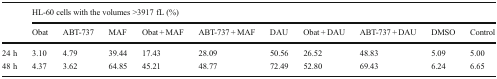
<table><thead><tr><td></td><td colspan="10"><b>HL-60 cells with the volumes &gt;3917 fL (%)</b></td></tr><tr><td></td><td><b>Obat</b></td><td><b>ABT-737</b></td><td><b>MAF</b></td><td><b>Obat + MAF</b></td><td><b>ABT-737 + MAF</b></td><td><b>DAU</b></td><td><b>Obat + DAU</b></td><td><b>ABT-737 + DAU</b></td><td><b>DMSO</b></td><td><b>Control</b></td></tr></thead><tbody><tr><td>24 h</td><td>3.10</td><td>4.79</td><td>39.44</td><td>17.43</td><td>28.09</td><td>50.56</td><td>26.52</td><td>48.83</td><td>5.09</td><td>5.00</td></tr><tr><td>48 h</td><td>4.37</td><td>3.62</td><td>64.85</td><td>45.21</td><td>48.77</td><td>72.49</td><td>52.80</td><td>69.43</td><td>6.24</td><td>6.65</td></tr></tbody></table>